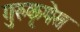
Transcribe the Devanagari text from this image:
गुरुकृपेस